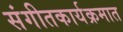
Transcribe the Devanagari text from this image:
संगीतकार्यक्रमात